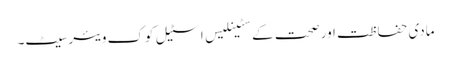
مادی حفاظت اور صحت کے سٹینلیس اسٹیل کوک ویئر سیٹ۔